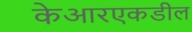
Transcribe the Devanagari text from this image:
केआरएकडील